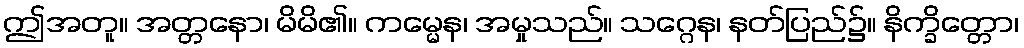
ဤအတူ။ အတ္တနော၊ မိမိ၏။ ကမ္မေန၊ အမှုသည်။ သဂ္ဂေန၊ နတ်ပြည်၌။ နိက္ခိတ္တော၊